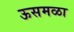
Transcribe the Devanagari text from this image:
ऊसमळा